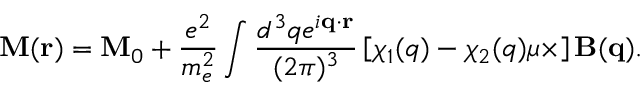
\mathbf { M } ( \mathbf { r } ) = \mathbf { M } _ { 0 } + \frac { e ^ { 2 } } { m _ { e } ^ { 2 } } \int \frac { d ^ { 3 } q e ^ { i \mathbf { q } \cdot \mathbf { r } } } { ( 2 \pi ) ^ { 3 } } \left[ \chi _ { 1 } ( q ) - \chi _ { 2 } ( q ) \boldsymbol { \mu } \times \right] \mathbf { B } ( \mathbf { q } ) .